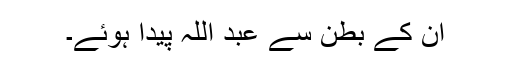
ان کے بطن سے عبد اللہ پیدا ہوئے۔